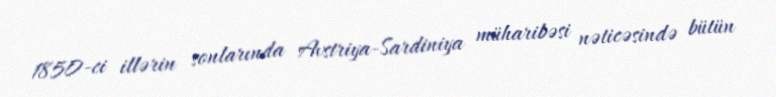
1850-ci illərin sonlarında Avstriya-Sardiniya müharibəsi nəticəsində bütün